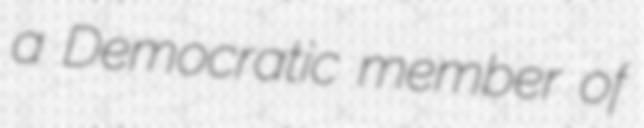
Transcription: a Democratic member of